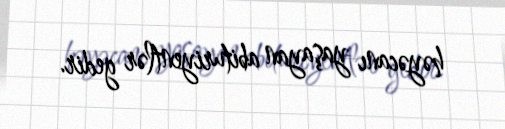
həyəcanı yaşayan abituriyentlər gedir.